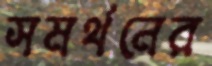
সমর্থনের